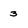
Character: 3